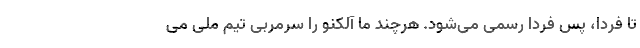
تا فردا، پس فردا رسمی می‌شود. هرچند ما آلکنو را سرمربی تیم ملی می